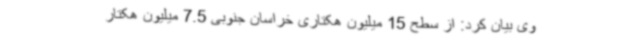
وی بیان کرد: از سطح 15 میلیون هکتاری خراسان جنوبی 7.5 میلیون هکتار